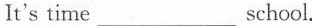
It's time___school.